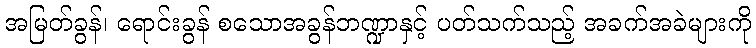
အမြတ်ခွန်၊ ရောင်းခွန် စသောအခွန်ဘဏ္ဍာနှင့် ပတ်သက်သည့် အခက်အခဲများကို